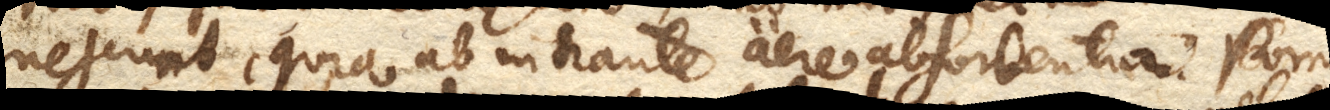
nescunt, quia ab intrante aere absorbentur. Porro